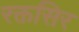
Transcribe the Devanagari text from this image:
रक्तसिर